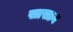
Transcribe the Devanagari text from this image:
सासान